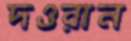
দওরান